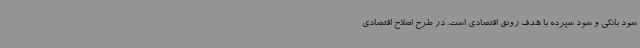
سود بانکی و سود سپرده با هدف رونق اقتصادی است. در طرح اصلاح اقتصادی